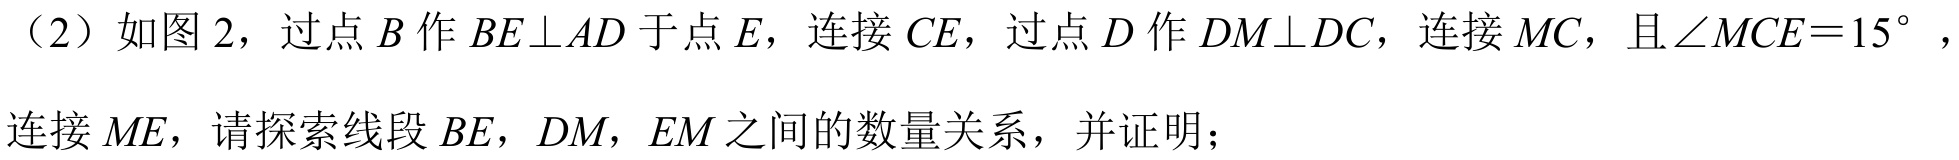
（2）如图 2，过点 \(B\) 作 \(BE\perp AD\) 于点 \(E\)，连接 \(CE\)，过点 \(D\) 作 \(DM\perp DC\)，连接 \(MC\)，且\(\angle MCE = 15^{\circ}\)，连接 \(ME\)，请探索线段 \(BE\)，\(DM\)，\(EM\) 之间的数量关系，并证明；